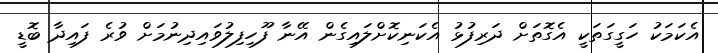
އެކަމަކު ހަގީގަތަކީ އެގޮތަށް ދަރިފުޅު އެކަނިކޮށްލައިގެން އޭނާ ފޫހިފިލުވައިދިނުމަށް ވުރެ ފައިދާ ބޮޑީ